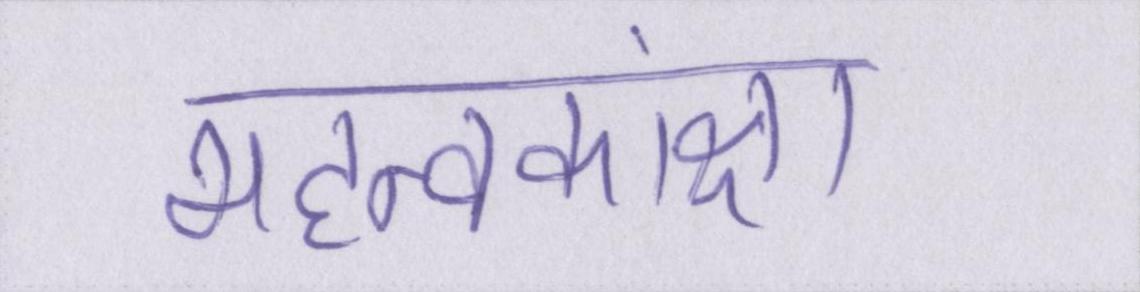
महत्वकांक्षा